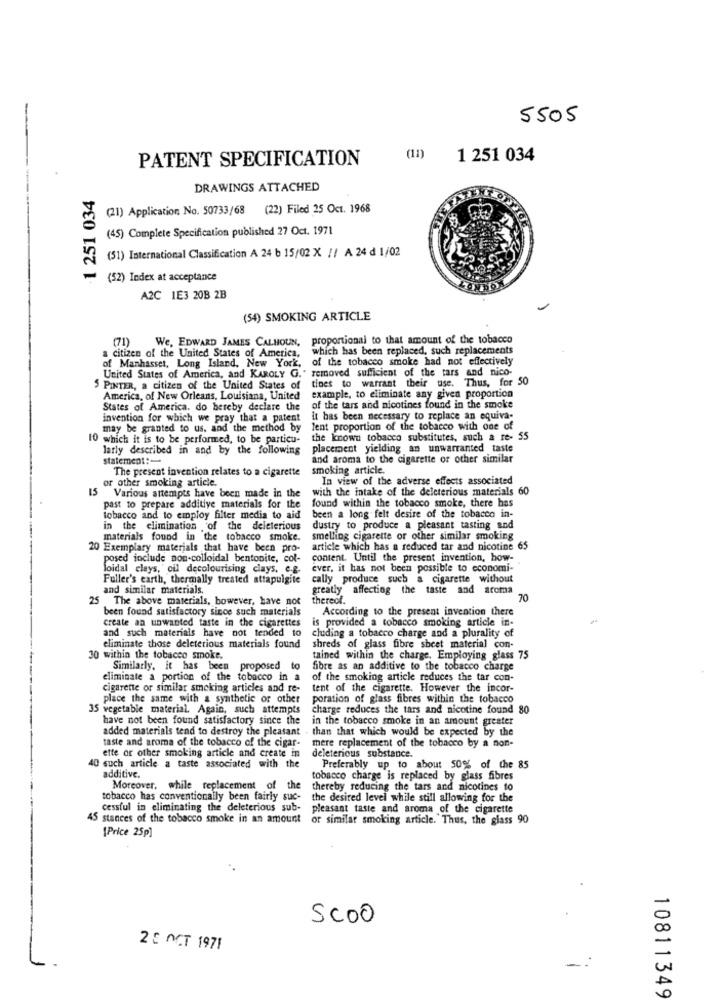
5505
PATENT SPECIFICATION
(11)
1 251 034
1 251 034
DRAWINGS ATTACHED
(21) Application No. 50733/68 (22) Filed 25 Oct. 1968
(45) Complete Specification published 27 Oct. 1971
(51) International Classification A 24 b 15/02 X / / A 24 d 1/02
(52) Index at acceptance
A2C 1E3 20B 2B
(54) SMOKING ARTICLE
(71)
We, EDWARD JAMES CALHOUN, proportional to that amount of the tobacco
a citizen of the United States of America, which has been replaced, such replacements
of Manhasset, Long Island, New York, of the tobacco smoke had not effectively
United States of America, and KAROLY G." removed sufficient of the tars and nico-
tines to warrant their use. Thus, for 50
5 PINTER, a citizen of the United States of
America, of New Orleans, Louisiana, United
example, to eliminate any given proportion
States of America. do hereby declare the
of the tars and nicotines found in the smoke
invention for which we pray that a patent it has been necessary to replace an equiva-
may be granted to us. and the method by
lent proportion of the tobacco with one of
10 which it is to be performed, to be particu-
the known tobacco substitutes, such a re- 55
larly described in and by the following
placement yielding an unwarranted taste
statement :-
and aroma to the cigarette or other similar
The present invention relates to a cigarette
smoking article.
or other smoking article.
In view of the adverse effects associated
with the intake of the deleterious materials 60
15 Various attempts have been made in the
found within the tobacco smoke, there has
past to prepare additive materials for the
tobacco and to employ filter media to aid
been a long felt desire of the tobacco in-
in the elimination of the deleterious
dustry to produce a pleasant tasting and
materials found in the tobacco smoke.
smelling cigarette or other similar smoking
20 Exemplary materials that have been pro-
article which has a reduced tar and nicotine 65
posed include non-colloidal bentonite, col-
content. Until the present invention, how-
loidal clays, oil decolourising clays, e.g.
ever, it has not been possible to economi-
Fuller's earth, thermally treated attapulgite
cally produce such a cigarette without
and similar materials.
greatly affecting the taste and aroma
25 The above materials, however, have not
thereof.
70
been found satisfactory since such materials
According to the present invention there
is provided a tobacco smoking article in-
and such materials have not tended to
create an unwanted taste in the cigarettes
cluding a tobacco charge and a plurality of
eliminate those deleterious materials found
shreds of glass fibre sheet material con-
30 within the tobacco smoke.
tained within the charge. Employing glass 75
Similarly, it has been proposed to
fibre as an additive to the tobacco charge
eliminate a portion of the tobacco in a
of the smoking article reduces the tar con-
cigarette or similar smoking articles and re-
tent of the cigarette. However the incor-
place the same with a synthetic or other
poration of glass fibres within the tobacco
35 vegetable material. Again, such attempts
charge reduces the tars and nicotine found 80
have not been found satisfactory since the
in the tobacco smoke in an amount greater
added materials tend to destroy the pleasant
. than that which would be expected by the
taste and aroma of the tobacco of the cigar-
mere replacement of the tobacco by a non-
ette or other smoking article and create in
deleterious substance.
40 such article a taste associated with the
Preferably up to about 50% of the 85
additive.
tobacco charge is replaced by glass fibres
Moreover, while replacement of the
thereby reducing the tars and nicotines to
tobacco has conventionally been fairly suc-
the desired level while still allowing for the
cessful in eliminating the deleterious sub-
pleasant taste and aroma of the cigarette
45 stances of the tobacco smoke in an amount
or similar smoking article. Thus, the glass 90
[Price 25p]
Scoo
2 5 OCT 1971
-
10811349